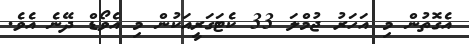
އެގޮތުން މި އަހަރު ޖުމްލަ 33 ކެޓަގަރީއަކުން މި އެވޯޑް ދޭނެ އެވެ.